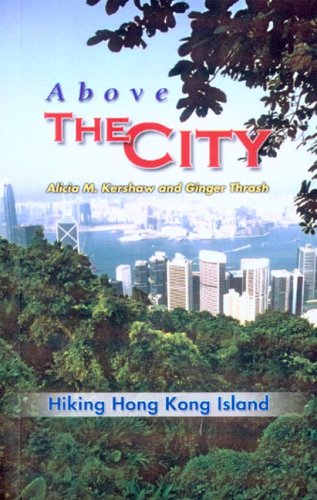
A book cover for Above The City: Hiking Hong Kong Island; Alicia M. Kershaw; Travel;